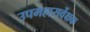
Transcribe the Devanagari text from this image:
उपमहासर्वेक्षक